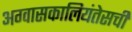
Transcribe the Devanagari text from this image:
अग्वासकालियंतेसची